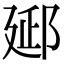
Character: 郔